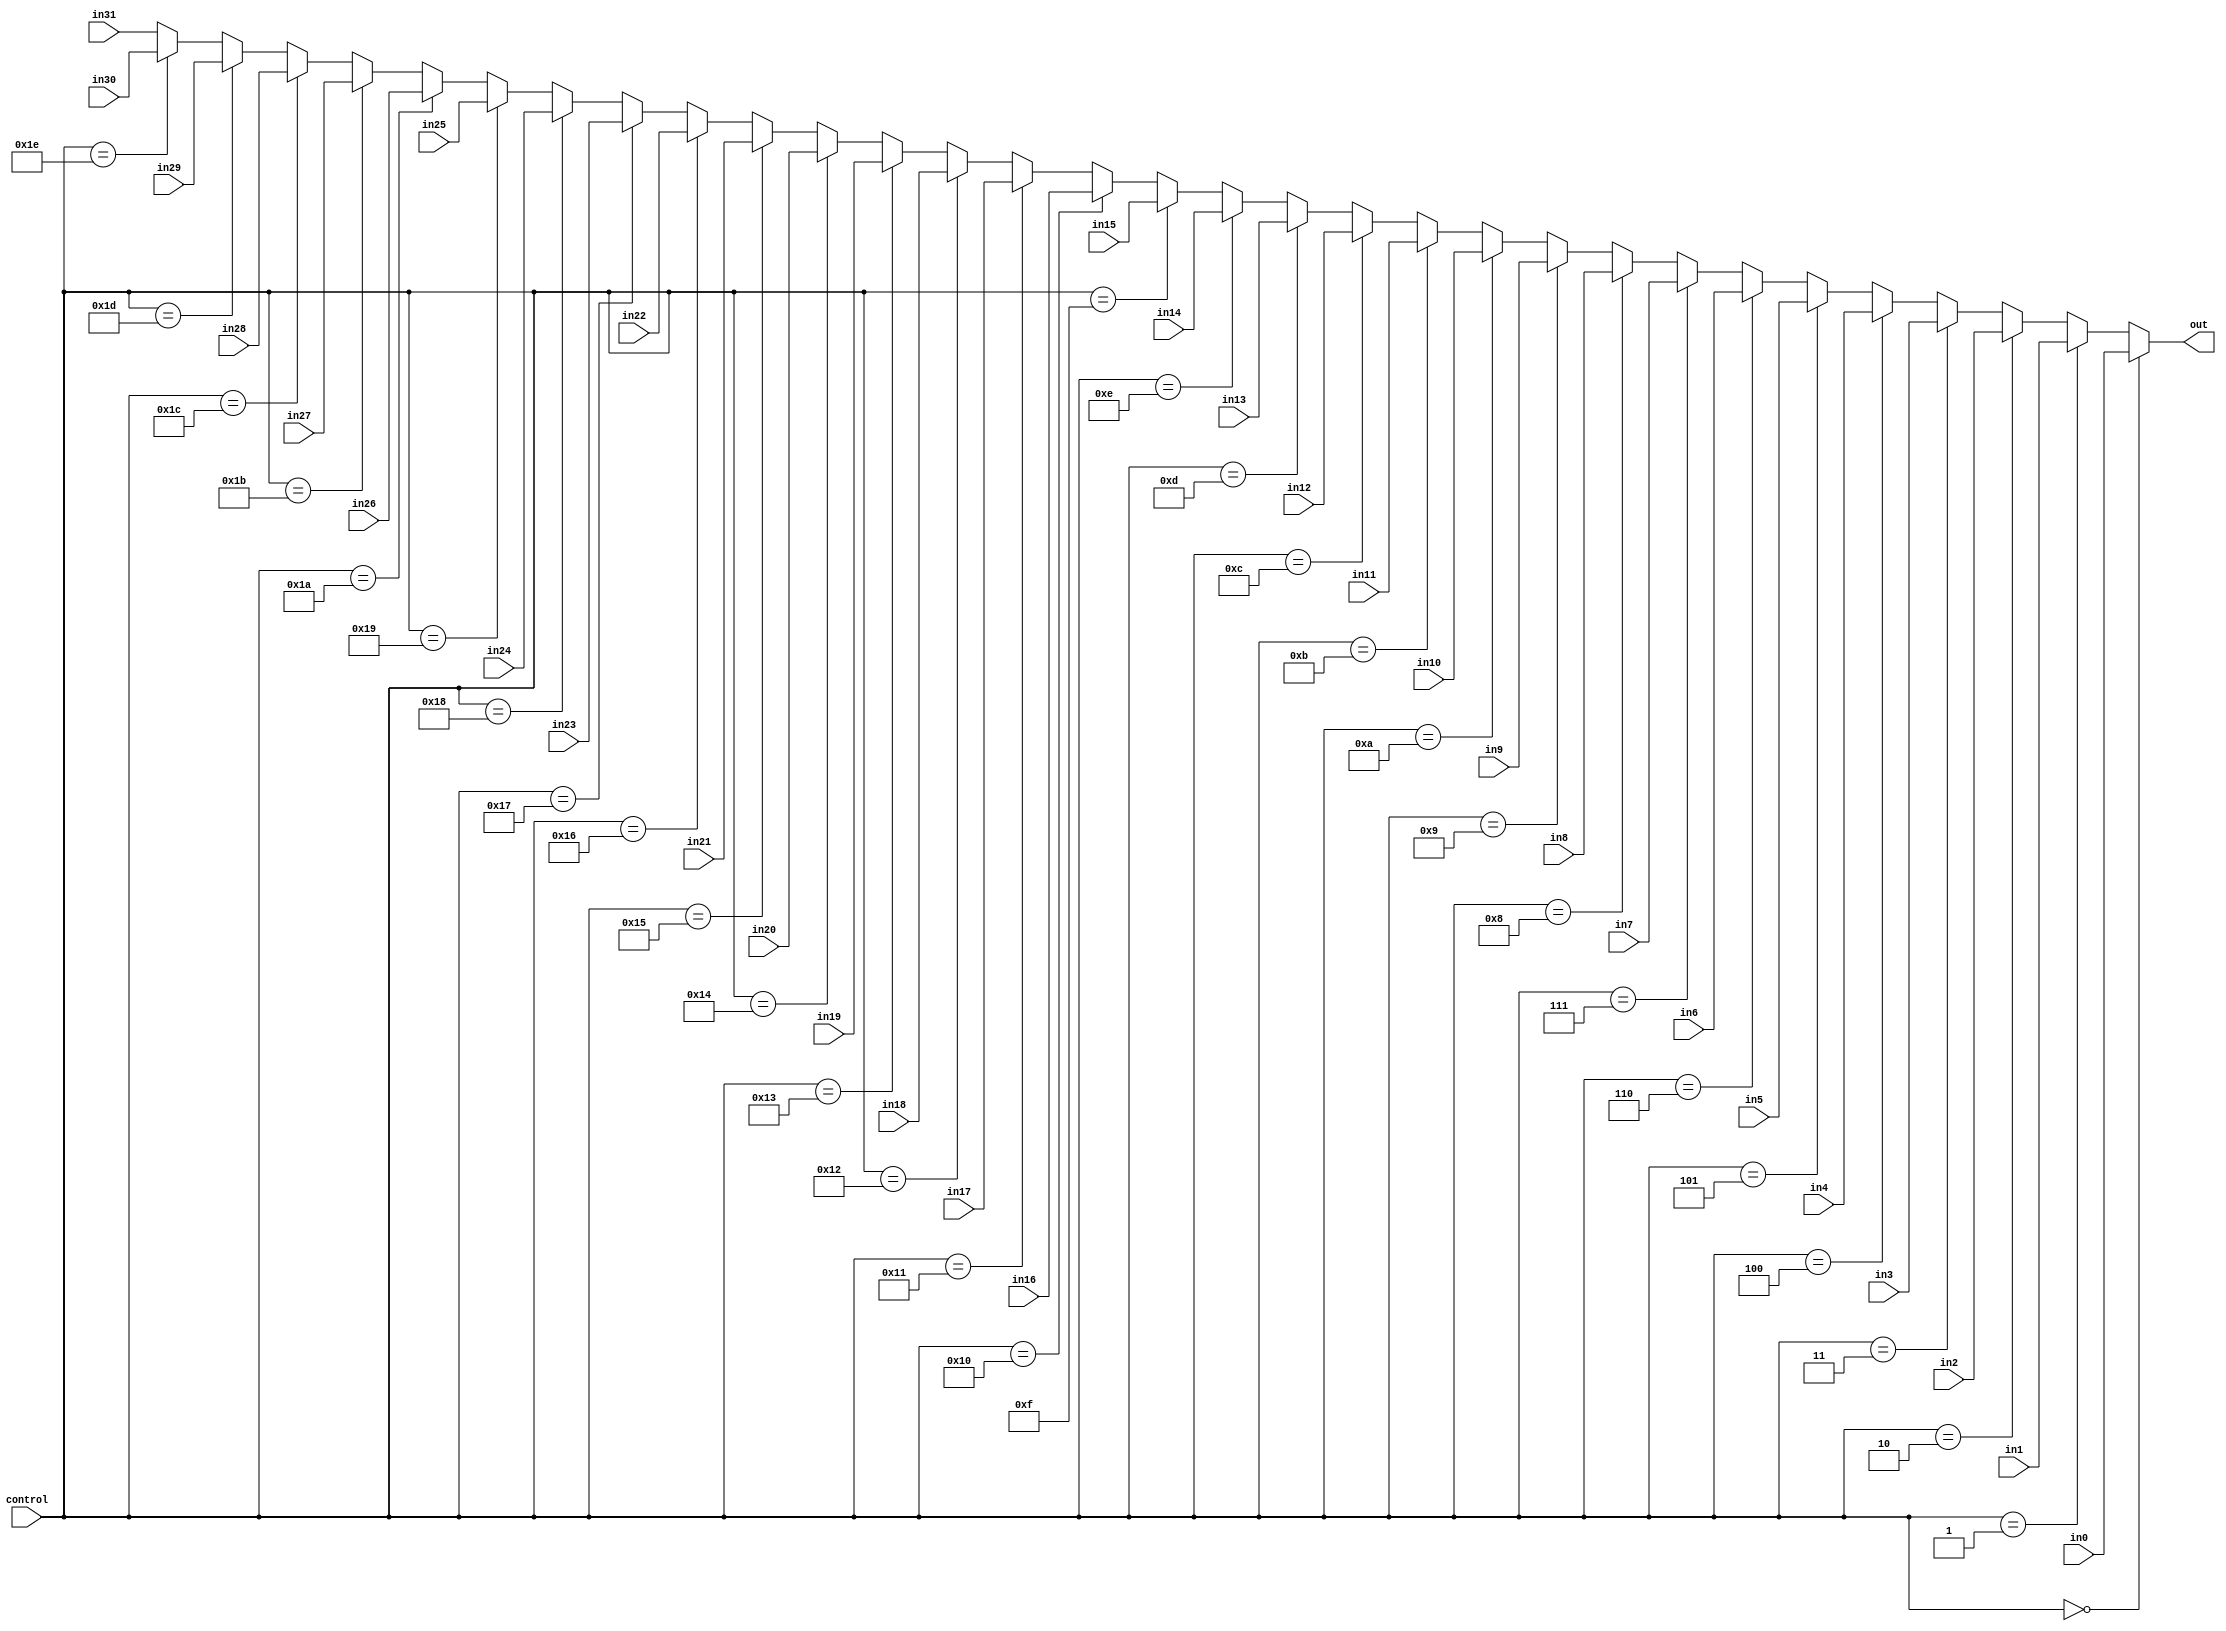
`timescale 1ns / 1ps
//////////////////////////////////////////////////////////////////////////////////
// Engineers: Sebastian Thiem, Brian Winkler
// % effort: Sebastian Thiem(50%), Brian Winkler(50%)
// 
// Module Name:    Mux32To1 
// Project Name:   MIPS 32-bit Processor
//
// Description:    A 1-bit 32 to 1 multiplexer, used by the ALU,
//                 to chose an output.
//
//////////////////////////////////////////////////////////////////////////////////
module Mux32x1( in0, in1, in2, in3, in4, in5, in6, in7,
                in8, in9, in10, in11, in12, in13, in14, in15,
                in16, in17, in18, in19, in20, in21, in22, in23,
                in24, in25, in26, in27, in28, in29, in30, in31,
                control,
                                                            out);
    (*keep = "true"*)
                                                            
    input [31:0] in0, in1, in2, in3, in4, in5, in6, in7;
    input [31:0] in8, in9, in10, in11, in12, in13, in14, in15;
    input [31:0] in16, in17, in18, in19, in20, in21, in22, in23; 
    input [31:0] in24, in25, in26, in27, in28, in29, in30, in31;

    input [4:0] control;

    output [31:0] out;

    assign out = (control == 0)? in0 :   (control == 1)? in1 :   (control == 2)? in2 :   (control == 3)? in3 : 
                 (control == 4)? in4 :   (control == 5)? in5 :   (control == 6)? in6 :   (control == 7)? in7 :
                 (control == 8)? in8 :   (control == 9)? in9 :   (control == 10)? in10 : (control == 11)? in11 : 
                 (control == 12)? in12 : (control == 13)? in13 : (control == 14)? in14 : (control == 15)? in15 :   
                 (control == 16)? in16 : (control == 17)? in17 : (control == 18)? in18 : (control == 19)? in19 :   
                 (control == 20)? in20 : (control == 21)? in21 : (control == 22)? in22 : (control == 23)? in23 :  
                 (control == 24)? in24 : (control == 25)? in25 : (control == 26)? in26 : (control == 27)? in27 : 
                 (control == 28)? in28 : (control == 29)? in29 : (control == 30)? in30 : in31;
endmodule